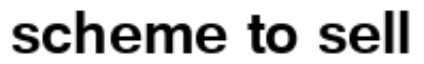
scheme to sell